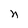
Character: n